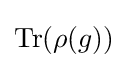
\mathrm {Tr} (\rho (g))